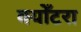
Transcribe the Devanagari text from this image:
क्योँटरा